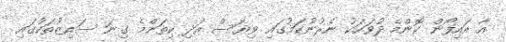
އާ އައިފޯން ކޮންމެ ދުވަހަކު ނެރުނުކަމުގައި ވިޔަސް އަދި ކިތަންމެ ގިނަ ސައިޒުތަކުގައި